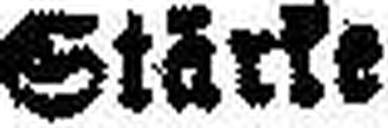
Stärke